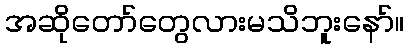
အဆိုတော်တွေလားမသိဘူးနော်။